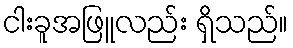
ငါးခူအဖြူလည်း ရှိသည်။